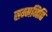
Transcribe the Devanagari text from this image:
सम्मनिति